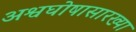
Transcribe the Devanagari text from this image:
अश्वघोषासारख्या